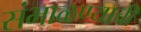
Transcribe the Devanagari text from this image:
संभाळण्याची